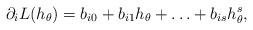
LaTeX: \begin{align*}\partial_iL(h_\theta)=b_{i0}+b_{i1}h_\theta+\ldots+b_{is}h_\theta^s,\end{align*}